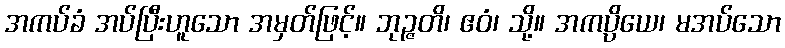
အကပ်ခံ အပ်ပြီးဟူသော အမှတ်ဖြင့်။ ဘုဉ္ဇတိ၊ ဧဝံ၊ သို့။ အကပ္ပိယေ၊ မအပ်သော